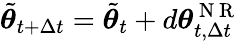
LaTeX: \tilde{{\boldsymbol{\theta}}}_{t+\Delta t}=\tilde{{\boldsymbol{\theta}}}_{t}+d{\boldsymbol{\theta}}_{t,\Delta t}^{\mathrm{~N~R~}}